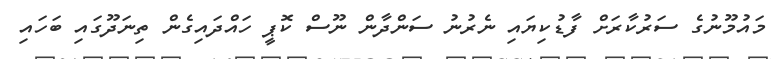
މައުމޫނުގެ ސަރުކާރަށް ފާޑުކިޔައި ނެރުނު ސަންދާން ނޫސް ކޮޕީ ހައްދައިގެން ތިނަދޫގައި ބަހައި